Reports on dispensaries and lunatic asylums in the Province of Oudh - 1869-1876
Year: 1869
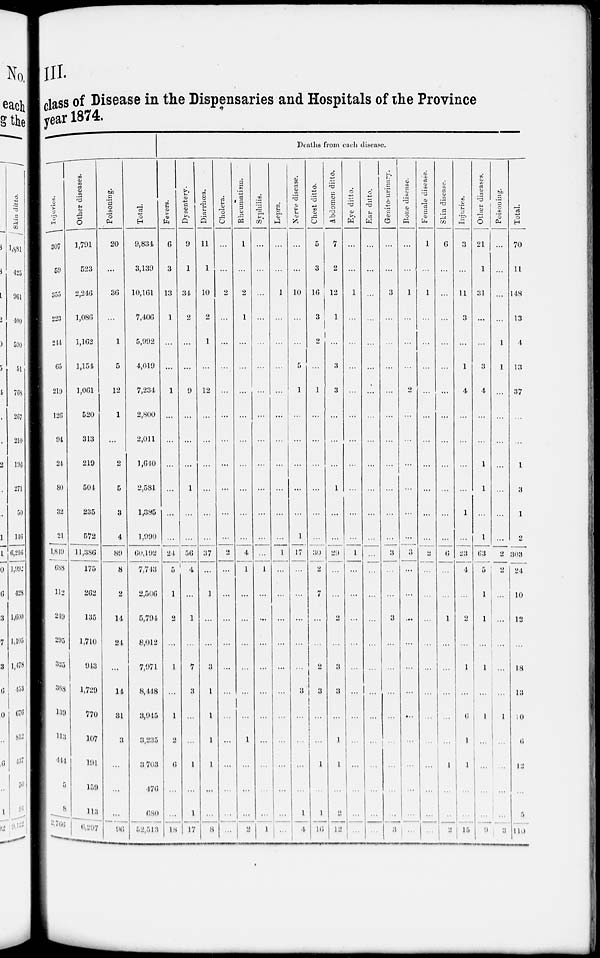
III.
class of Disease in the Dispensaries and Hospitals of the Province
year 1874.
Injuries.
307
59
355
223
244
65
219
126
94
24
80
32
21
1,819
688
112
219
295
325
388
139
113
444
5
8
2,766
Other diseases.
1,791
523
2,246
1,086
1,162
1,154
1,061
520
313
219
504
235
572
11,386
175
262
135
1,710
943
1,729
770
107
191
159
113
6,297
Poisoning.
20
...
36
...
1
5
12
1
...
2
5
3
4
89
8
2
14
24
...
14
31
3
...
...
...
96
Total.
9,834
3,139
10,161
7,406
5,992
4,019
7,234
2,800
2,011
1,640
2,581
1,385
1,990
60,192
7,743
2,506
5,794
8,012
7,971
8,448
3,945
3,235
3,703
476
680
52,513
Deaths from each disease.
Fevers.
6
3
13
1
...
...
1
...
...
...
...
...
...
24
5
1
2
...
1
...
1
2
6
...
...
18
Dysentery.
9
1
34
2
...
...
9
...
...
...
1
...
...
56
4
...
1
...
7
3
...
...
1
...
1
17
Diarrhœa.
11
1
10
2
1
...
12
...
...
...
...
...
...
37
...
1
...
...
3
1
1
1
1
...
...
8
Cholera.
...
...
2
...
...
...
...
...
...
...
...
...
...
2
...
...
...
...
...
...
...
...
...
...
...
...
Rheumatism.
1
...
2
1
...
...
...
...
...
...
...
...
...
4
1
...
...
...
...
...
...
1
...
...
...
2
Syphilis.
...
...
...
...
...
...
...
...
...
...
...
...
...
...
1
...
...
...
...
...
...
...
...
...
...
1
Lepra.
...
...
1
...
...
...
...
...
...
...
...
...
...
1
...
...
...
...
...
...
...
...
...
...
1
...
Nerve disease.
...
...
10
...
...
5
1
...
...
...
...
...
1
17
...
...
...
...
...
3
...
...
...
...
1
4
Chest ditto.
5
3
16
3
2
...
1
...
...
...
...
...
...
30
2
7
...
...
...
...
...
...
1
...
1
16
Abdomen ditto.
7
2
12
1
...
3
3
...
...
...
1
...
...
29
...
...
2
...
3
3
...
1
1
...
2
12
Eye ditto.
...
...
1
...
...
...
...
...
...
...
...
...
1
...
....
...
...
...
...
...
...
...
...
...
...
Ear ditto.
...
...
...
...
...
...
...
...
...
...
...
...
...
...
...
...
...
...
...
...
...
...
...
...
...
Genito-urinary.
...
...
3
...
...
...
...
...
...
...
...
...
...
3
...
...
3
...
...
...
...
...
...
...
...
3
Bone disease.
...
...
1
...
...
...
2
...
...
...
...
...
...
3
...
...
...
...
...
...
...
...
...
...
...
...
Female disease.
1
...
1
...
...
...
...
...
...
...
...
...
...
2
...
...
...
...
...
...
...
...
...
...
...
...
Skin disease.
6
...
...
...
...
...
...
...
...
...
...
...
...
6
...
...
1
...
...
...
...
...
1
...
...
2
Injuries.
3
...
11
3
...
1
4
...
...
...
...
1
...
23
4
...
2
...
1
...
6
1
1
...
...
15
Other diseases.
21
1
31
...
...
3
4
...
...
1
1
...
1
63
5
1
1
...
1
...
1
...
...
...
...
9
Poisoning.
...
...
...
...
1
1
...
...
...
...
...
...
...
2
2
...
...
...
...
...
1
...
...
...
...
3
Total.
70
11
148
13
4
13
37
...
...
1
3
1
2
303
24
10
12
...
18
13
10
6
12
...
5
110